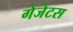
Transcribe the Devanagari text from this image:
गेजेटस